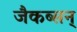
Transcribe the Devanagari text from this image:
जैकब्सन्